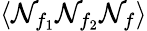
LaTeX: \langle\mathcal{N}_{f_{1}}\mathcal{N}_{f_{2}}\mathcal{N}_{f}\rangle